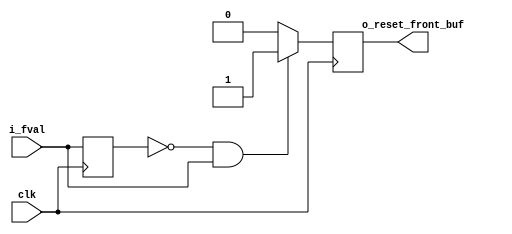
//-------------------------------------------------------------------------------------------------
//  --    : , 2010 -2015.
//  --      .
//  --          : FPGA
//  --        : fifo_ctrl
//  --        : 
//-------------------------------------------------------------------------------------------------
//
//  --  :
//
//  --          :| 				:|  
//-------------------------------------------------------------------------------------------------
//  --        :| 2013/6/13 10:17:01	:|  
//  --        :| 2015/3/30 15:39:19	:|  modulefifo_confifo_ctrl
//-------------------------------------------------------------------------------------------------
//
//  --      :	FIFO1CLK
//              1)  : FIFO3FIFO
//
//              2)  : fvaldval
//
//              3)  : ... ...
//
//-------------------------------------------------------------------------------------------------
///
`timescale 1ns/1ps
//-------------------------------------------------------------------------------------------------

module fifo_ctrl (
	input			clk					,	//
	input			i_fval				,	//
	output			o_reset_front_buf		//FIFO
	);

	//ref signals
	reg				fval_dly		= 1'b0;
	wire			fval_rise		;
	reg				reset_buf_reg	= 1'b0;


	//ref ARCHITECTURE

	//	-------------------------------------------------------------------------------------
	//	fvalFIFO
	//	-------------------------------------------------------------------------------------
	always @ (posedge clk) begin
		fval_dly		<= i_fval;
	end
	assign	fval_rise	= (fval_dly==1'b0 && i_fval==1'b1) ? 1'b1 : 1'b0;

	//	-------------------------------------------------------------------------------------
	//	buf
	//	-------------------------------------------------------------------------------------
	always @ (posedge clk) begin
		reset_buf_reg	<= fval_rise;
	end
	assign	o_reset_front_buf	= reset_buf_reg;


endmodule